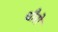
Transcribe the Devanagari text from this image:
धौरो